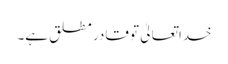
خداتعالیٰ تو قادر مطلق ہے۔